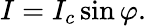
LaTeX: I=I_{c}\sin\varphi.